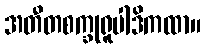
အတီတစက္ခုရူပါဒိကထာ။